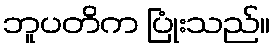
ဘူပတိက ပြုံးသည်။